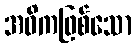
အဓိကဖြစ်သော